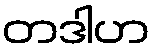
တဒါဟ